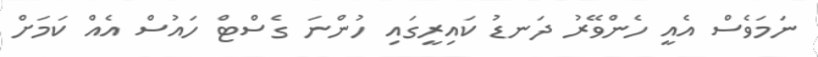
ނަމަވެސް އެއީ ހެންވޭރު ދަނޑު ކައިރީގައި ހުންނަ ގެސްޓް ހައުސް އެއް ކަމަށް